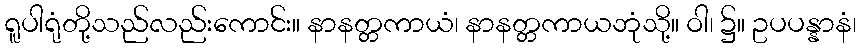
ရူပါရုံတို့သည်လည်းကောင်း။ နာနတ္တကာယံ၊ နာနတ္တကာယဘုံသို့။ ဝါ၊ ၌။ ဥပပန္နာနံ၊